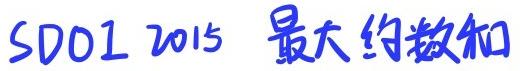
SDOI 2015 最大约数和